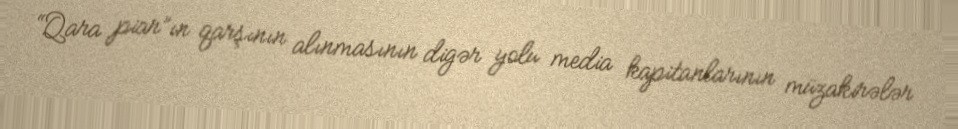
“Qara piar”ın qarşının alınmasının digər yolu media kapitanlarının müzakirələr